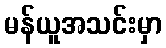
မန်ယူအသင်းမှာ